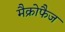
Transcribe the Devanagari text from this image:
मैक्रोफैज